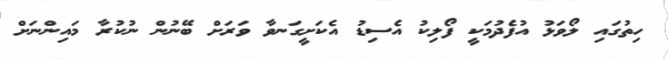
ހިތުގައި ލޯވަޅު އުފެދުމަކީ ފޯލިކު އެސިޑު އެކަށީގަނވާ ވަރަށް ބޭނުން ނުކުރާ މައިންނަށް